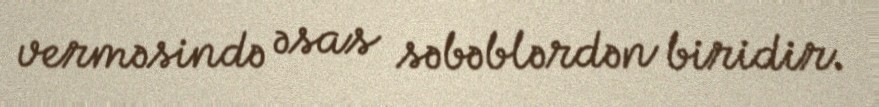
verməsində əsas səbəblərdən biridir.